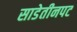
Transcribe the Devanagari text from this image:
साडेतीनपट